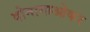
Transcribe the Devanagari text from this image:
दोनागाओकर